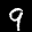
Label: 9